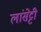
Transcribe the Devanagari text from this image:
लांसेट्टी